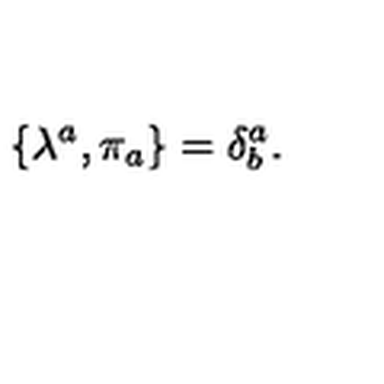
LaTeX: \{ \lambda ^ { a } , \pi _ { a } \} = \delta _ { b } ^ { a } .